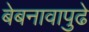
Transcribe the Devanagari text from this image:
बेबनावापुढे